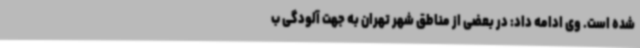
شده است. وی ادامه داد: در بعضی از مناطق شهر تهران به جهت آلودگی ب